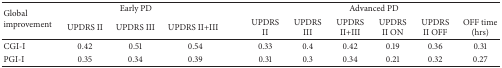
<table><thead><tr><td rowspan="2"><b>Global improvement</b></td><td colspan="3"><b>Early PD</b></td><td colspan="6"><b>Advanced PD </b></td></tr><tr><td><b>UPDRS II</b></td><td><b>UPDRS III</b></td><td><b>UPDRS II+III</b></td><td><b>UPDRS II</b></td><td><b>UPDRS III</b></td><td><b>UPDRS II+III</b></td><td><b>UPDRS II ON</b></td><td><b>UPDRS II OFF</b></td><td><b>OFF time (hrs)</b></td></tr></thead><tbody><tr><td>CGI-I</td><td>0.42</td><td>0.51</td><td>0.54</td><td>0.33</td><td>0.4</td><td>0.42</td><td>0.19</td><td>0.36</td><td>0.31</td></tr><tr><td>PGI-I</td><td>0.35</td><td>0.34</td><td>0.39</td><td>0.31</td><td>0.3</td><td>0.34</td><td>0.21</td><td>0.32</td><td>0.27</td></tr></tbody></table>